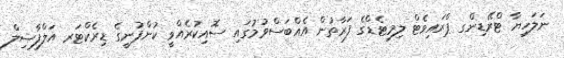
ނަލަހިޔާ ޓްރޭޑިންގ ޕްރައިވެޓް ލިމިޓެޑްގެ ފަރާތުން އެއްބަސްވުމުގައި ސޮއިކުރެއްވީ ކުންފުނީގެ ޑިރެކްޓަރ އަލްފާޟިލް